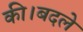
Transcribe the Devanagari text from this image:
की।बदले